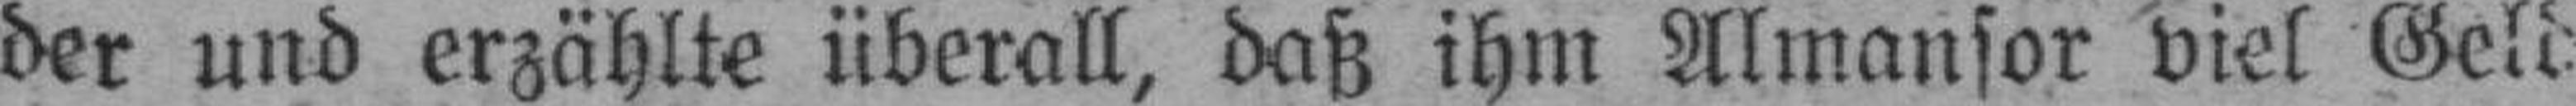
der und erzählte überall, daß ihm Almansor viel Geld